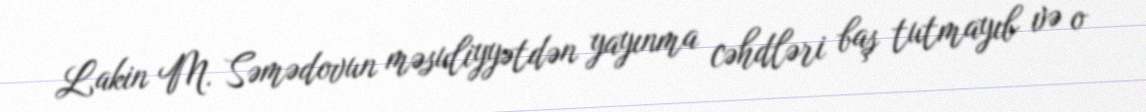
Lakin M. Səmədovun məsuliyyətdən yayınma cəhdləri baş tutmayıb və o